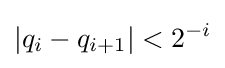
|q_{i}-q_{i+1}|<2^{-i}